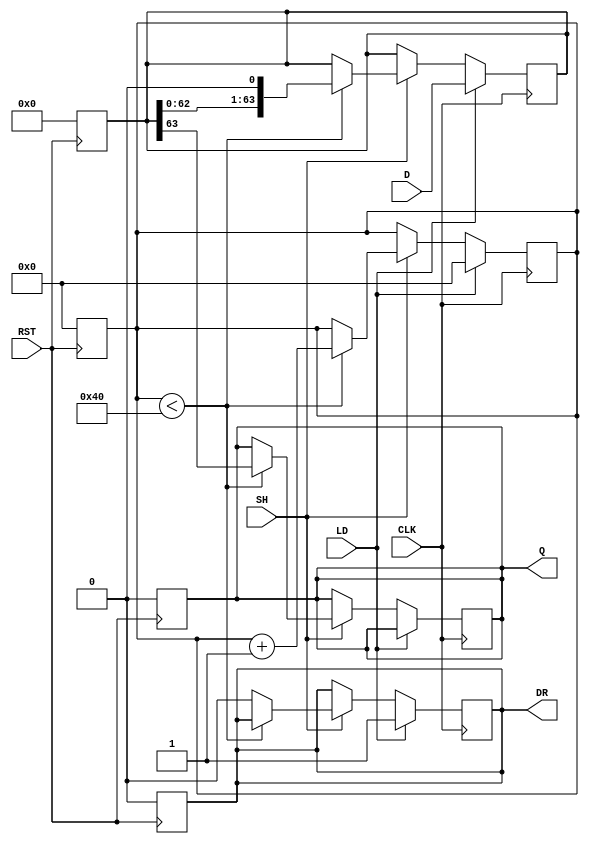
module piso_register (
    input wire [63:0] D,       // 64-bit data input
    input wire LD,             // Load control signal
    input wire SH,             // Shift control signal
    input wire CLK,            // Clock signal
    input wire RST,            // Reset signal
    output reg Q,              // Serial output
    output reg DR              // Data Ready signal
);

    reg [63:0] data;           // Internal storage register
    reg [5:0] bit_counter;     // Bit counter for shifting

    // Asynchronous reset
    always @(posedge RST) begin
        data <= 64'b0;         // Clear the data register
        Q <= 1'b0;             // Clear serial output
        DR <= 1'b0;            // Clear Data Ready
        bit_counter <= 6'b0;   // Reset bit counter
    end

    // Synchronous block for loading and shifting data
    always @(posedge CLK) begin
        // Load data when LD is asserted
        if (LD) begin
            data <= D;          // Load data into the register
            bit_counter <= 6'b0; // Reset counter
            DR <= 1'b1;         // Data is ready after loading
        end else if (SH) begin
            // Shift operation
            if (bit_counter < 64) begin
                Q <= data[63];  // Shift out the MSB (first in)
                data <= {data[62:0], 1'b0}; // Shift left
                bit_counter <= bit_counter + 1'b1; // Increment bit counter
            end else begin
                DR <= 1'b0;      // Data is no longer ready after shifting done
            end
        end
    end

endmodule